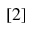
[ 2 ]